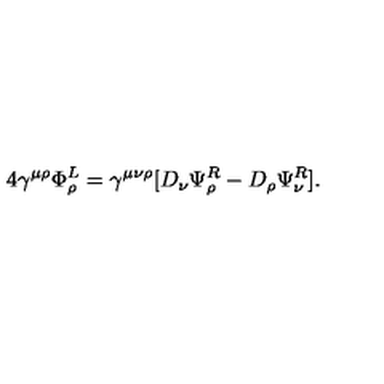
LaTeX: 4 \gamma ^ { \mu \rho } \Phi _ { \rho } ^ { L } = \gamma ^ { \mu \nu \rho } [ D _ { \nu } \Psi _ { \rho } ^ { R } - D _ { \rho } \Psi _ { \nu } ^ { R } ] .